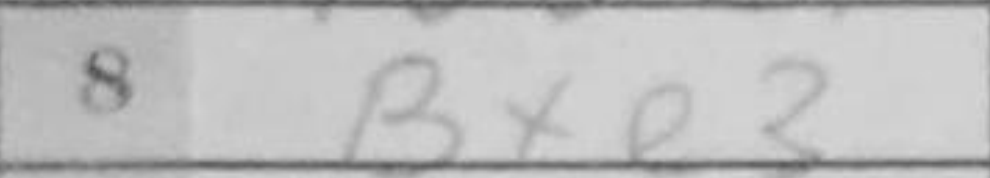
Transcription: Bxe3